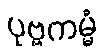
ပုဗ္ဗကမ္မံ